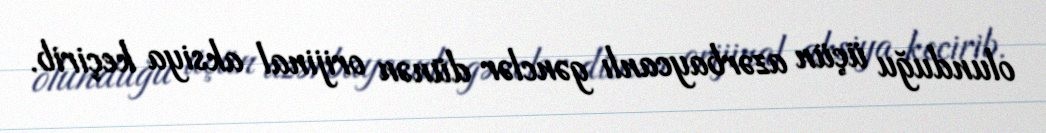
olunduğu üçün azərbaycanlı gənclər dünən orijinal aksiya keçirib.